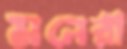
মনেরী